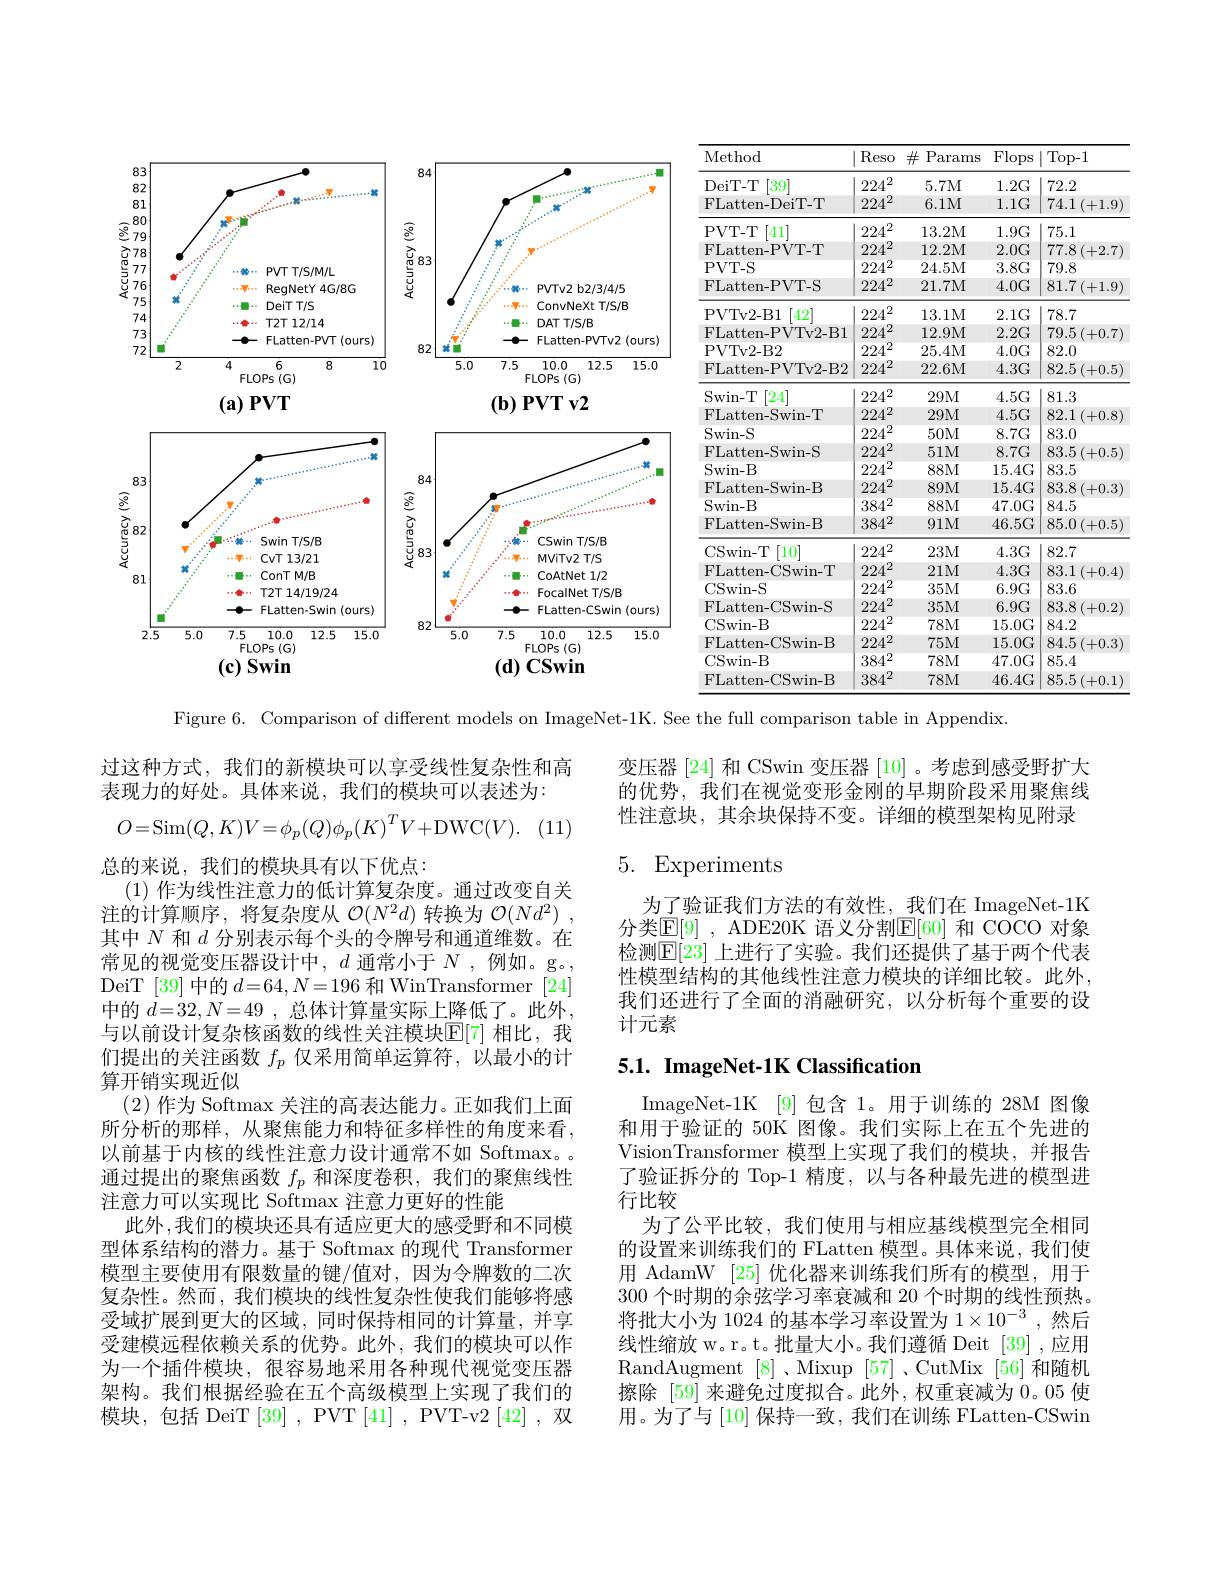
<FigureHere>

Figure 6. Comparison of different models on ImageNet-1K. See the full comparison table in Appendix.

变压器 [24] 和 CSwin 变压器 [10] 。考虑到感受野扩大的优势，我们在视觉变形金刚的早期阶段采用聚焦线性注意块，其余块保持不变。详细的模型架构见附录

## 5. Experiments

为了验证我们方法的有效性，我们在 ImageNet-1K 分类$\mathbb{E}[9]$ , ADE20K 语义分割$\mathbb{E}[60]$ 和 COCO 对象检测$\mathbb{E}[23]$ 上进行了实验。我们还提供了基于两个代表性模型结构的其他线性注意力模块的详细比较。此外， 我们还进行了全面的消融研究，以分析每个重要的设计元素

# 5.1. ImageNet-1K Classification

过这种方式，我们的新模块可以享受线性复杂性和高
表现力的好处。具体来说，我们的模块可以表述为：
$$O=\mathrm{Sim}(Q,K)V=\phi_{p}(Q)\phi_{p}(K)^{T}V+\mathrm{DWC}(V).$$
总的来说，我们的模块具有以下优点：
(1)作为线性注意力的低计算复杂度。通过改变自关注的计算顺序，将复杂度从$\mathcal{O}(N^2d)$转换为$\mathcal{O}(Nd^2)$ 其中$N$和$d$分别表示每个头的令牌号和通道维数。在常见的视觉变压器设计中，$d$通常小于$N$,例如。g。, DeiT [39]中的$d=64,N=196$和 WinTransformer [24] 中的$d=32,N=49$ ,总体计算量实际上降低了。此外， 与以前设计复杂核函数的线性关注模块$\mathbb{E}[7]$ 相比，我们提出的关注函数$f_p$仅采用简单运算符，以最小的计算开销实现近似
(2)作为 Softmax 关注的高表达能力。正如我们上面所分析的那样，从聚焦能力和特征多样性的角度来看， 以前基于内核的线性注意力设计通常不如 Softmax。通过提出的聚焦函数$f_p$和深度卷积，我们的聚焦线性注意力可以实现比 Softmax 注意力更好的性能
此外 ,我们的模块还具有适应更大的感受野和不同模型体系结构的潜力。基于 Softmax 的现代 Transformer 模型主要使用有限数量的键/值对，因为令牌数的二次复杂性。然而，我们模块的线性复杂性使我们能够将感受域扩展到更大的区域，同时保持相同的计算量，并享受建模远程依赖关系的优势。此外，我们的模块可以作为一个插件模块，很容易地采用各种现代视觉变压器架构。我们根据经验在五个高级模型上实现了我们的模块，包括 DeiT [39], PVT [41], PVT-v2[42],双

ImageNet-1K [9]包含 1。用于训练的 28M 图像和用于验证的 50K 图像。我们实际上在五个先进的VisionTransformer 模型上实现了我们的模块，并报告了验证拆分的 Top-1 精度，以与各种最先进的模型进行比较
为了公平比较，我们使用与相应基线模型完全相同的设置来训练我们的 FLatten 模型。具体来说，我们使用 AdamW [25]优化器来训练我们所有的模型，用于300 个时期的余弦学习率衰减和 20 个时期的线性预热。将批大小为 1024 的基本学习率设置为$1\times10^{-3}$ ,然后线性缩放 w。r。t。批量大小。我们遵循 Deit [39] ,应用RandAugment [8]、Mixup [57]、CutMix [56]和随机擦除 [59] 来避免过度拟合。此外，权重衰减为0。05使用。为了与 [10] 保持一致，我们在训练 FLatten-CSwin